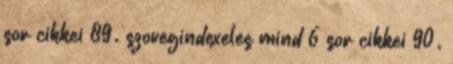
sor cikkei 89. szovegindexeles mind 6 sor cikkei 90.